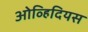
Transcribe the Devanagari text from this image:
ओव्हिदियस